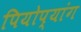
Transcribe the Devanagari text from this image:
पियोप्यांग